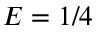
E = 1 / 4